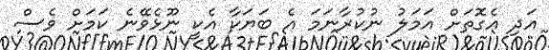
އަދި އެގޮތަށް އަމަލު ނުކުރާނަމަ އެ ބަޔަކާ އެކީ ނޫޅެވޭނެ ކަމަށް ވެސް